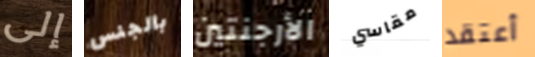
إلى بالجنس الأرجنتين مقاسي أعتقد